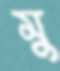
মু